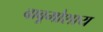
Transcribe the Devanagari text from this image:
बाबूमोशाय